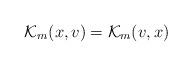
LaTeX: \begin{align*}\mathcal{K}_{m}(x,v)=\mathcal{K}_{m}(v,x)\end{align*}